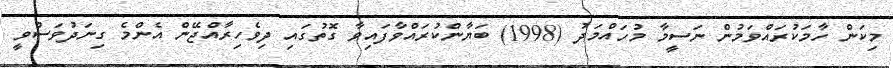
މިކަން ހާމަކުރައްވަމުން ނަސީމާ މުހައްމަދު (1998) ބަޔާންކުރައްވާފައިވާ ގޮތުގައި ދިވެހިރާއްޖޭން އެންމެ ގިނަދުވަސްވީ